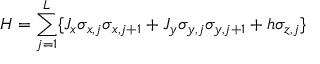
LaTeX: H = \sum _ { j = 1 } ^ { L } \{ J _ { x } \sigma _ { x , j } \sigma _ { x , j + 1 } + J _ { y } \sigma _ { y , j } \sigma _ { y , j + 1 } + h \sigma _ { z , j } \} \, \nonumber